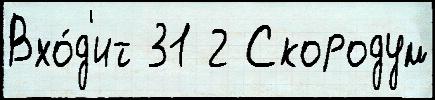
Вхо́д'ит 31 2 Скородум